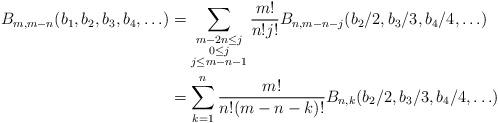
LaTeX: \begin{align*}B_{m,m-n}(b_1, b_2, b_3, b_4, \ldots) & = \sum_{\substack{m-2n \leq j\\0 \leq j\\j \leq m-n-1}}\frac{m!}{n!j!}B_{n,m-n-j}(b_2/2, b_3/3, b_4/4, \ldots) \\& = \sum_{k=1}^n\frac{m!}{n!(m-n-k)!}B_{n,k}(b_2/2, b_3/3, b_4/4, \ldots) \end{align*}